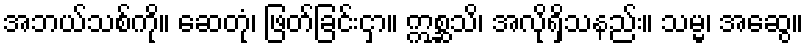
အဘယ်သစ်ကို။ ဆေတုံ၊ ဖြတ်ခြင်းငှာ။ ဣစ္ဆသိ၊ အလိုရှိသနည်း။ သမ္မ၊ အဆွေ။